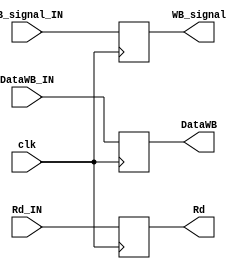
module MEM2WB (
	input clk,
	input [15:0] DataWB_IN,
	input [2:0] Rd_IN,
	input WB_signal_IN,
	output reg [15:0] DataWB,
	output reg [2:0] Rd,
	output reg  WB_signal
);


  	always @ (posedge clk) begin


	  	DataWB <= DataWB_IN;
		Rd <= Rd_IN;
		WB_signal = WB_signal_IN;

  	end
	  
endmodule